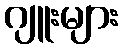
ဂျူးများ